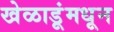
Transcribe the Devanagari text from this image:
खेळाडूंमधून